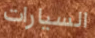
السيارات